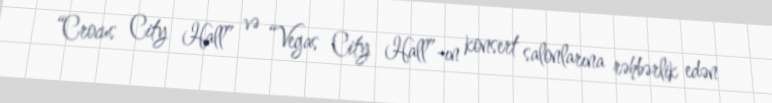
“Crocus City Hall” və “Vegas City Hall”-ın konsert salonlarına rəhbərlik edən